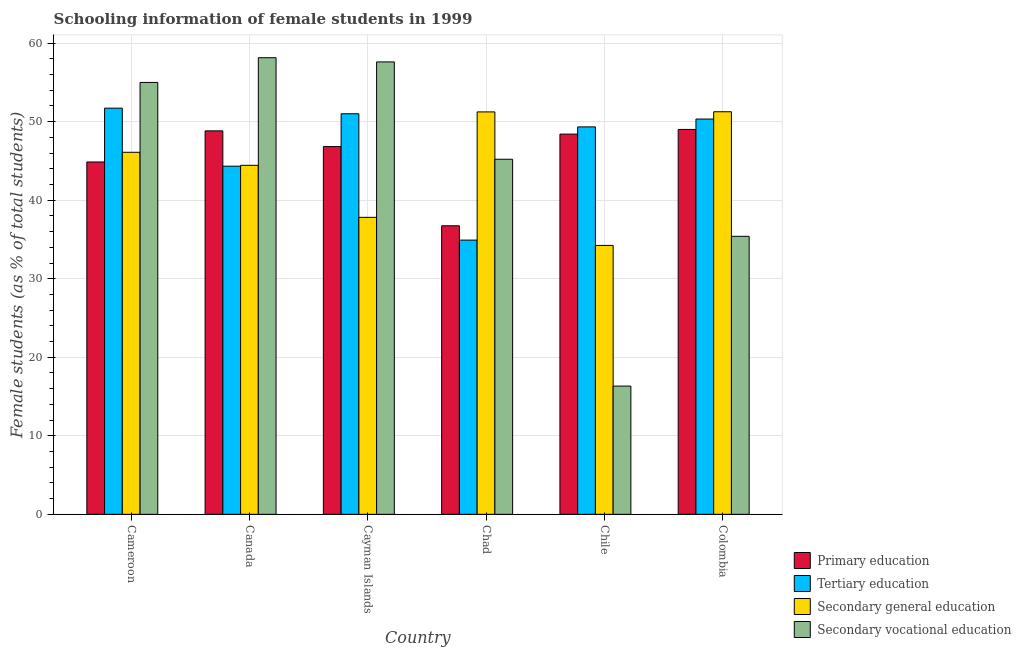
| Country | Primary education | Tertiary education | Secondary general education | Secondary vocational education |
 | --- | --- | --- | --- | --- |
 | Cameroon | 44.9 | 51.7 | 46.1 | 55 |
 | Canada | 48.8 | 44.3 | 44.4 | 58.1 |
 | Cayman Islands | 46.8 | 51 | 37.8 | 57.6 |
 | Chad | 36.7 | 34.9 | 51.2 | 45.2 |
 | Chile | 48.4 | 49.3 | 34.2 | 16.3 |
 | Colombia | 49 | 50.3 | 51.3 | 35.4 |